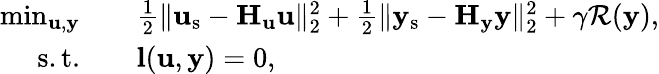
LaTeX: \begin{array}{rl}{\operatorname*{min}_{\mathbf{u},\mathbf{y}}\quad}&{\frac{1}{2}\| \mathbf{u}_{\mathrm{s}}-\mathbf{H}_{\mathbf{u}}\mathbf{u}\| _{2}^{2}+\frac{1}{2}\| \mathbf{y}_{\mathrm{s}}-\mathbf{H}_{\mathbf{y}}\mathbf{y}\| _{2}^{2}+\gamma\mathcal{R}(\mathbf{y}),}\\ {\mathrm{s.t.}\quad}&{\mathbf{l}(\mathbf{u},\mathbf{y})=0,}\end{array}